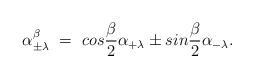
\begin{align*}\alpha^\beta_{\pm \lambda}~=~ cos{\beta \over 2}\alpha_{+ \lambda} \pm sin{\beta \over 2} \alpha_{- \lambda}.\end{align*}